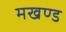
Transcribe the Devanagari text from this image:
मखण्ड